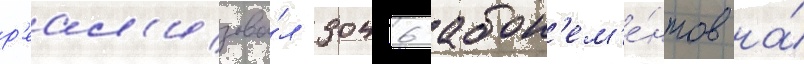
р'еал'изова́л 3046 абон'ем'е́нтов на́